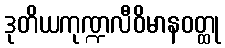
ဒုတိယကုဏ္ဍလီဝိမာနဝတ္ထု